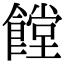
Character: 饄